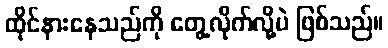
ထိုင်နားနေသည်ကို တွေ့လိုက်လို့ပဲ ဖြစ်သည်။